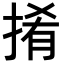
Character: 𢯎